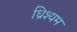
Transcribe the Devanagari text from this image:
ध्रिश्यम